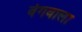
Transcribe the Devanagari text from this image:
वेगवाला